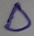
Text: D